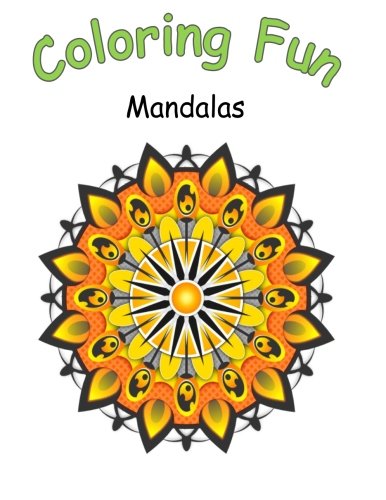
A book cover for Coloring Fun Mandalas: Coloring book of Mandalas, 50 Mandalas to color, great for adults and older children,ideal gift for birthday and christmas; Sunflower Publishing; Crafts, Hobbies & Home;